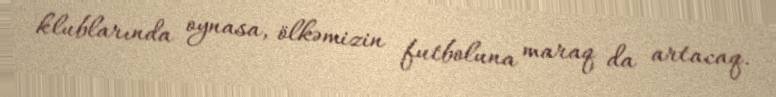
klublarında oynasa, ölkəmizin futboluna maraq da artacaq.